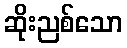
ဆိုးညစ်သော